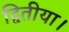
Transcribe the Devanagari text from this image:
द्वितीया।